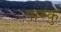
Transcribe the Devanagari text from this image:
पास्कु